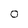
Character: 0